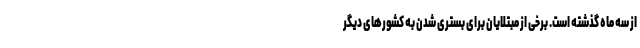
از سه ماه گذشته است. برخی از مبتلایان برای بستری شدن به کشورهای دیگر